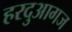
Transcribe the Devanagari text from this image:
हरदुआगज